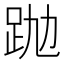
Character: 𧿢